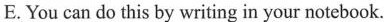
E.You can do this by writing in your notebook.